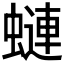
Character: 𧐖